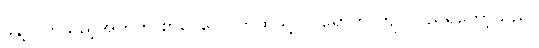
ခန့်လိုက်သည့်အတွက် စာပေလောကထဲသို့ ဝင်ရောက် ကျင်လည်ရတော့သည်။